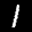
Label: 1